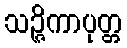
သဉ္ဇိကာပုတ္တ